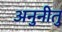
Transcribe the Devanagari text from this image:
अनुनीतु